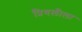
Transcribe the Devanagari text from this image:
प्रियलीला